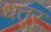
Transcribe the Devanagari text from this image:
धतूर